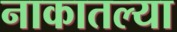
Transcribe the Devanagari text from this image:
नाकातल्या